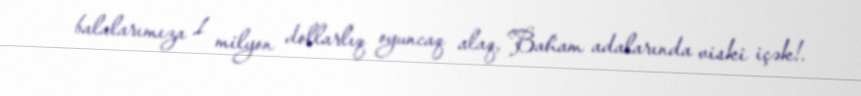
balalarımıza 1 milyon dollarlıq oyuncaq alaq, Baham adalarında viski içək!.